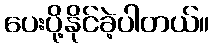
ပေးပို့နိုင်ခဲ့ပါတယ်။